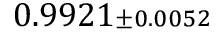
0 . 9 9 2 1 { \scriptstyle \pm 0 . 0 0 5 2 }